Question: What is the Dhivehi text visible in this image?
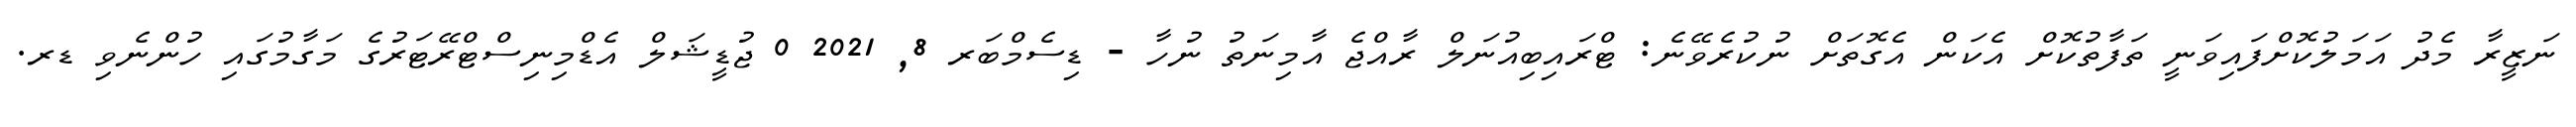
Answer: ނަޒީރާ މެދު އަމަލުކޮށްފައިވަނީ ތަފާތުކޮށް އެކަން އެގޮތަށް ނުކުރެވޭނެ: ޓްރައިބިއުނަލް ރާއްޖެ އާމިނަތު ނުހާ - ޑިސެމްބަރ 8, 2021 0 ޖުޑީޝަލް އެޑްމިނިސްޓްރޭޓަރުގެ މަގާމުގައި ހުންނެވި ޑރ.